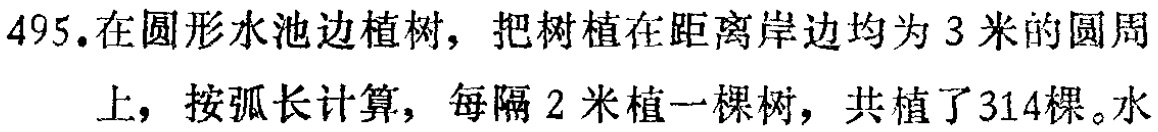
495.在圆形水池边植树，把树植在距离岸边均为3米的圆周上，按弧长计算，每隔2米植一棵树，共植了314棵。水